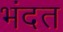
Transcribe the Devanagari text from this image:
भंदत